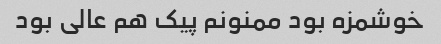
خوشمزه بود ممنونم پیک هم عالی بود